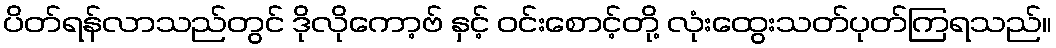
ပိတ်ရန်လာသည်တွင် ဒိုလိုကော့ဗ် နှင့် ဝင်းစောင့်တို့ လုံးထွေးသတ်ပုတ်ကြရသည်။